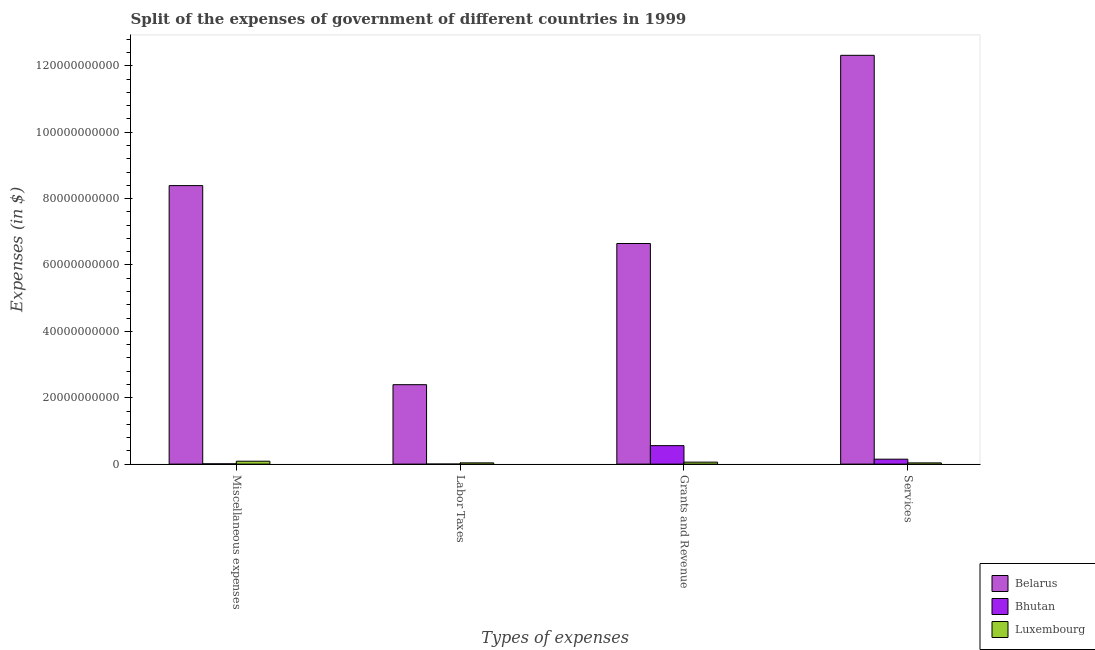
| Types of expenses | Belarus | Bhutan | Luxembourg |
 | --- | --- | --- | --- |
 | Miscellaneous expenses | 8.39e+10 | 8.63e+07 | 8.77e+08 |
 | Labor Taxes | 2.39e+10 | 7.1e+06 | 3.77e+08 |
 | Grants and Revenue | 6.65e+10 | 5.57e+09 | 5.98e+08 |
 | Services | 1.23e+11 | 1.49e+09 | 3.69e+08 |